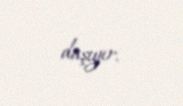
daşıyır.